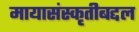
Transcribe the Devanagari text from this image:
मायासंस्कृतीबद्दल